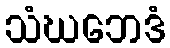
သံဃဘေဒံ